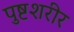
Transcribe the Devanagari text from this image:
पुष्टशरीर